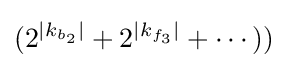
(2^{|k_{b_{2}}|}+2^{|k_{f_{3}}|}+\cdots ))